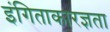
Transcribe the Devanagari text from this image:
इंगिताकारज्ञता